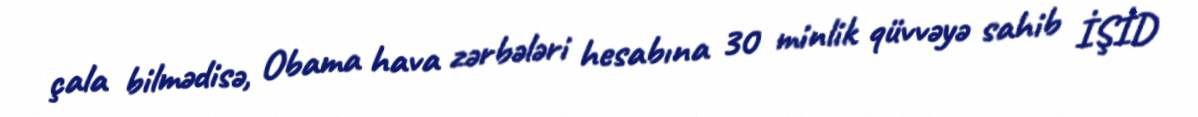
çala bilmədisə, Obama hava zərbələri hesabına 30 minlik qüvvəyə sahib İŞİD